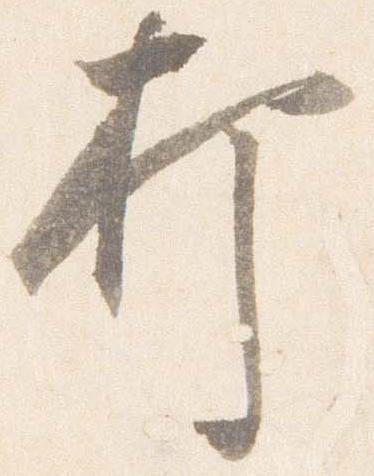
打